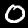
Label: 0